Martna_vallavalitsus, lk 30
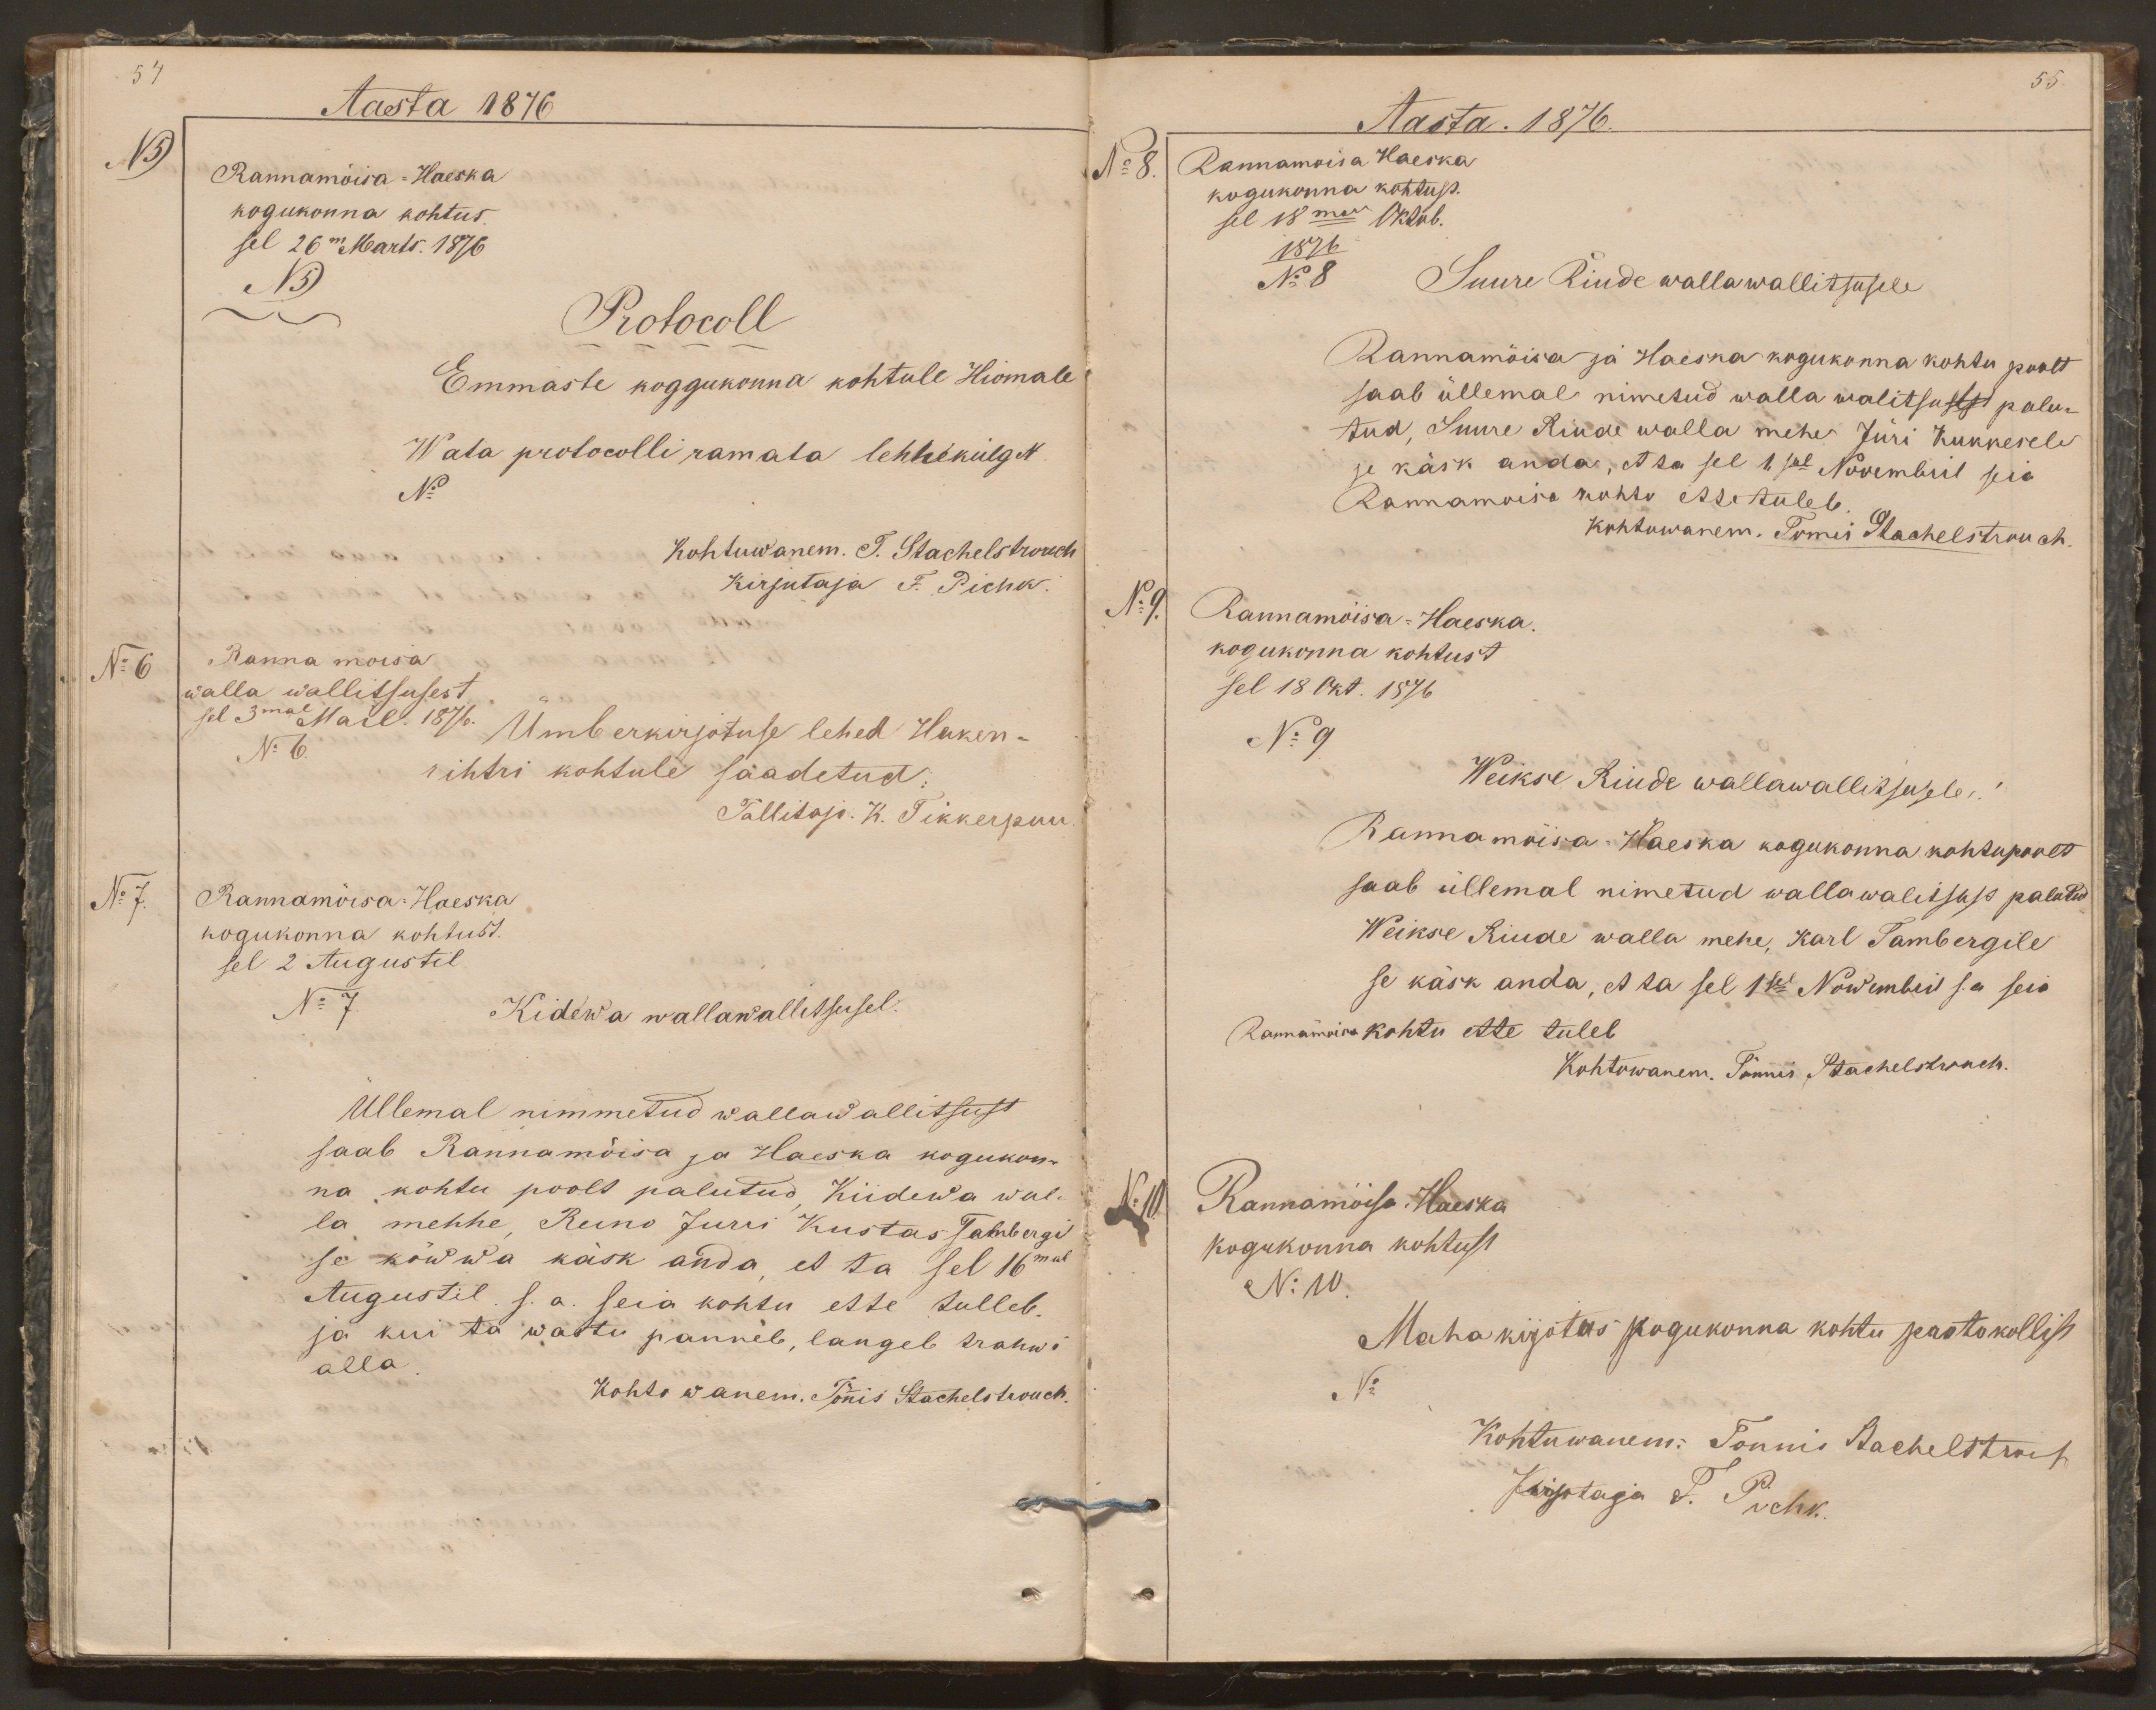
54
Aasta 1876
N5
Rannamõisa-Haeska
kogukonna kohtus.
sel 26m Marts. 1876
N5
Protocoll
Emmaste koggukonna kohtule Hiomale
Wata protocolli ramata lehhekülg N
No
Kohtuwanem. T. Stachelstrauch
Kirjutaja F. Pichk.
No 6
Ranna moisa
walla wallitsusest
sel 3mal Mail. 1876.
Ümberkirjotuse lehed Haken-
No 6.
rihtri kohtule saadetud.
Tallitaja. K. Tikkerpuu
No 7.
Rannamõisa-Haeska
kogukonna kohtust.
sel 2 Augustil
No 7.
Kidewa wallawallitsusel.
Üllemal nimmetud wallawallitsust
saab Rannamõisa ja Haeska kogukon-
na kohtu poolt palutud, Kiidewa wal-
la mehhe, Reino Jurri Kustas Tambergi
se kõwwa käsk anda, et ta sel 16mal
Augustil. s. a. seia kohtu ette tulleb.
ja kui ta wastu panneb, langeb trahwi
alla
Kohto wanem. Tõnis Stachelstrauch.

55
Aasta. 1876.
No 8.
Rannamoisa Haeska
kogukonna kohtust.
sel 18mal Oktob.
1876
No 8
Suure Riude wallawallitsusele
Rannamõisa ja Haeska kogukonna kohtu poolt
saab üllemal nimetud walla walitsusest palu-
tud, Suure Riude walla mehe Jüri Kukkesele
se käsk anda, et ta sel 1.sel Novembril seia
Rannamoisa kohto ette tuleb.
Kohtuwanem. Tonnis Stachelstrauch.
No 9.
Rannamõisa-Haeska.
kogukonna kohtust
sel 18 Okt. 1876
No 9
Weikse Riude wallawallitsusele!
Rannamõisa-Haeska kogukonna kohtupoolt
saab üllemal nimetud wallawalitsust palutud
Weikse Riude walla mehe, Karl Tambergile
se käsk anda, et ta sel 1sel Nowembril s.a seia
Rannamoisa kohtu ette tuleb
Kohtowanem. Tõnnis Stachelstrach.
Rannamõisa-Haeska
No 10
kogukonna kohtust
No 10.
Maha kirjotus kogukonna kohtu protokollist
No
Kohtuwanem: Tonnis Stachelstrauch
Kirjotaja F. Pichk.